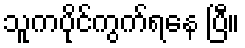
သူကပိုင်ကွက်ရနေ ပြီ။